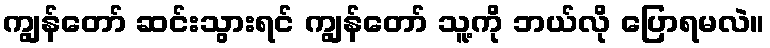
ကျွန်တော် ဆင်းသွားရင် ကျွန်တော် သူ့ကို ဘယ်လို ပြောရမလဲ။